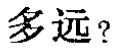
多远？